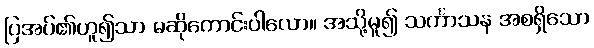
ပြအပ်၏ဟူ၍သာ မဆိုကောင်းပါလော။ အသို့မူ၍ သင်္ကာသန အစရှိသော